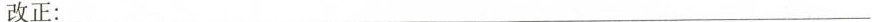
改正：___